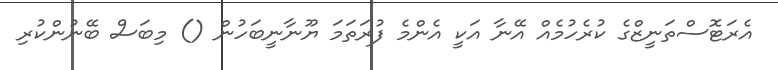
އެރަޓޮސްތަނީޒްގެ ކުރެހުމެއް އޭނާ އަކީ އެންމެ ފުރަތަމަ ޔޫނާނީބަހުން () މިބަސް ބޭނުންކުރި